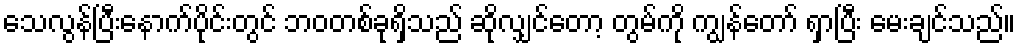
သေလွန်ပြီးနောက်ပိုင်းတွင် ဘဝတစ်ခုရှိသည် ဆိုလျှင်တော့ တွမ်ကို ကျွန်တော် ရှာပြီး မေးချင်သည်။